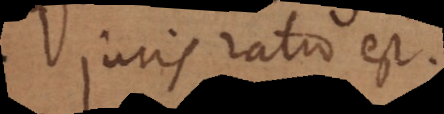
juris ratio est.